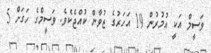
ވަސީމް އަކީ އުމުރުން 19 އަހަރުގެ ޒުވާން ކުއްޖެކެވެ. ވަސީމްގެ ހަގަށް 5